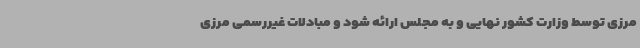
مرزی توسط وزارت کشور نهایی و به مجلس ارائه شود و مبادلات غیررسمی مرزی